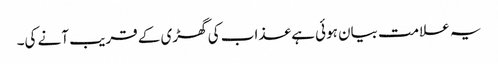
یہ علامت بیان ہوئی ہے عذاب کی گھڑی کے قریب آنے کی۔